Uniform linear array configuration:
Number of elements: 16
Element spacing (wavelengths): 0.25
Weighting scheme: blackman
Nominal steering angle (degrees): -60
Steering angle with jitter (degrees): -59.235
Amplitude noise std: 0.05
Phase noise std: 0.05

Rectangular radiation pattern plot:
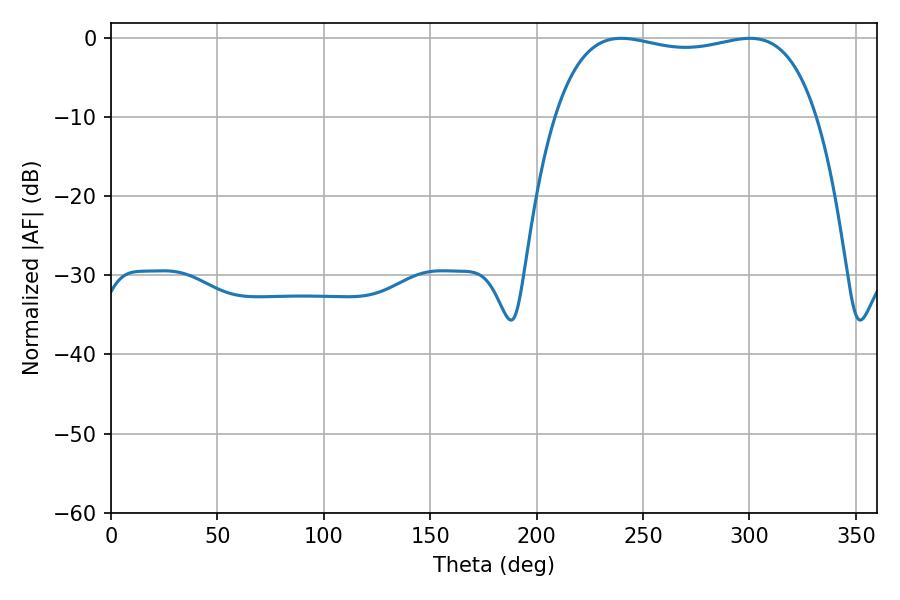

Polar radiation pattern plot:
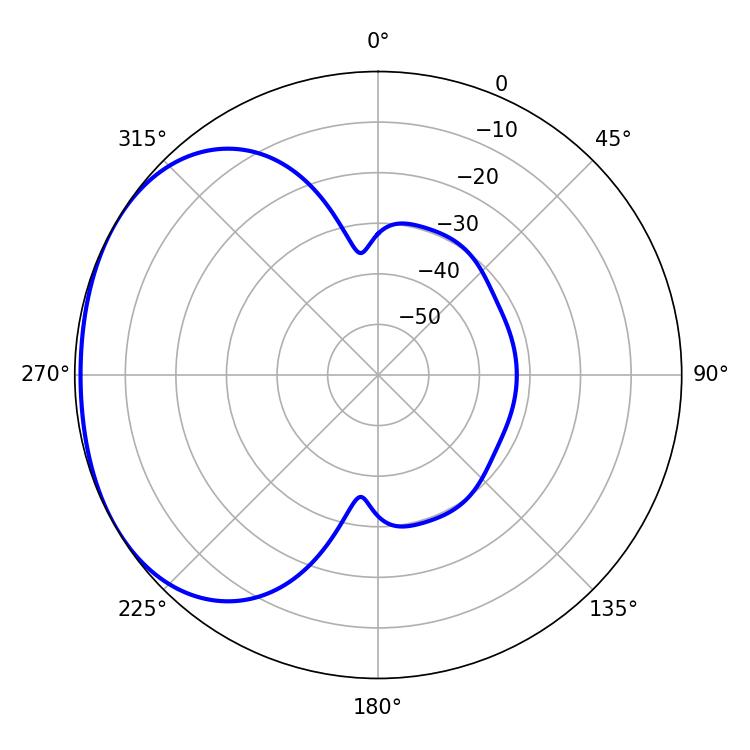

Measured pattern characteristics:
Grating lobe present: FALSE
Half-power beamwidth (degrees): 99.36
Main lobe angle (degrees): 239.76